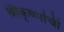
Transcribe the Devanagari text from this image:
श्रीकृष्णांची